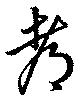
都